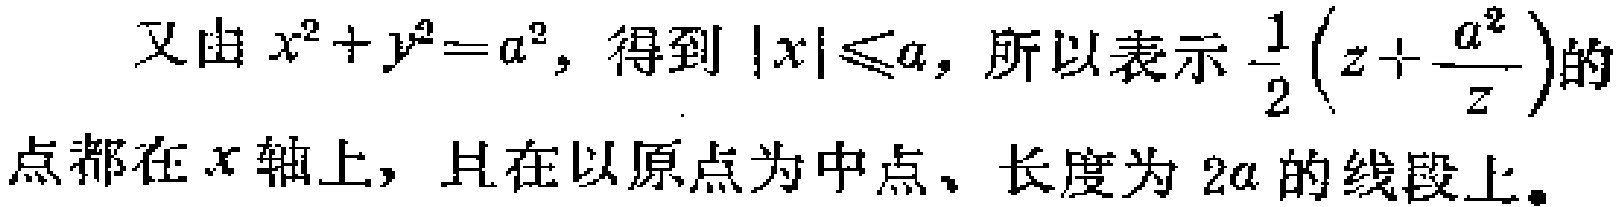
又由$x^{2}+y^{2}=a^{2}$，得到$|x|\leqslant a$，所以表示$\frac{1}{2}(z + \frac{a^{2}}{z})$的点都在$x$轴上，且在以原点为中点、长度为$2a$的线段上。